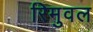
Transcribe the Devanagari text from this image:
रिमुवल